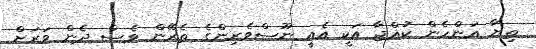
ތިޔާ އަންހެން ކުއްޖާ އަކީ އެއީ ނޫސްވެރިންގެ ތެރޭން ވެސް ދެން ވަރަށް